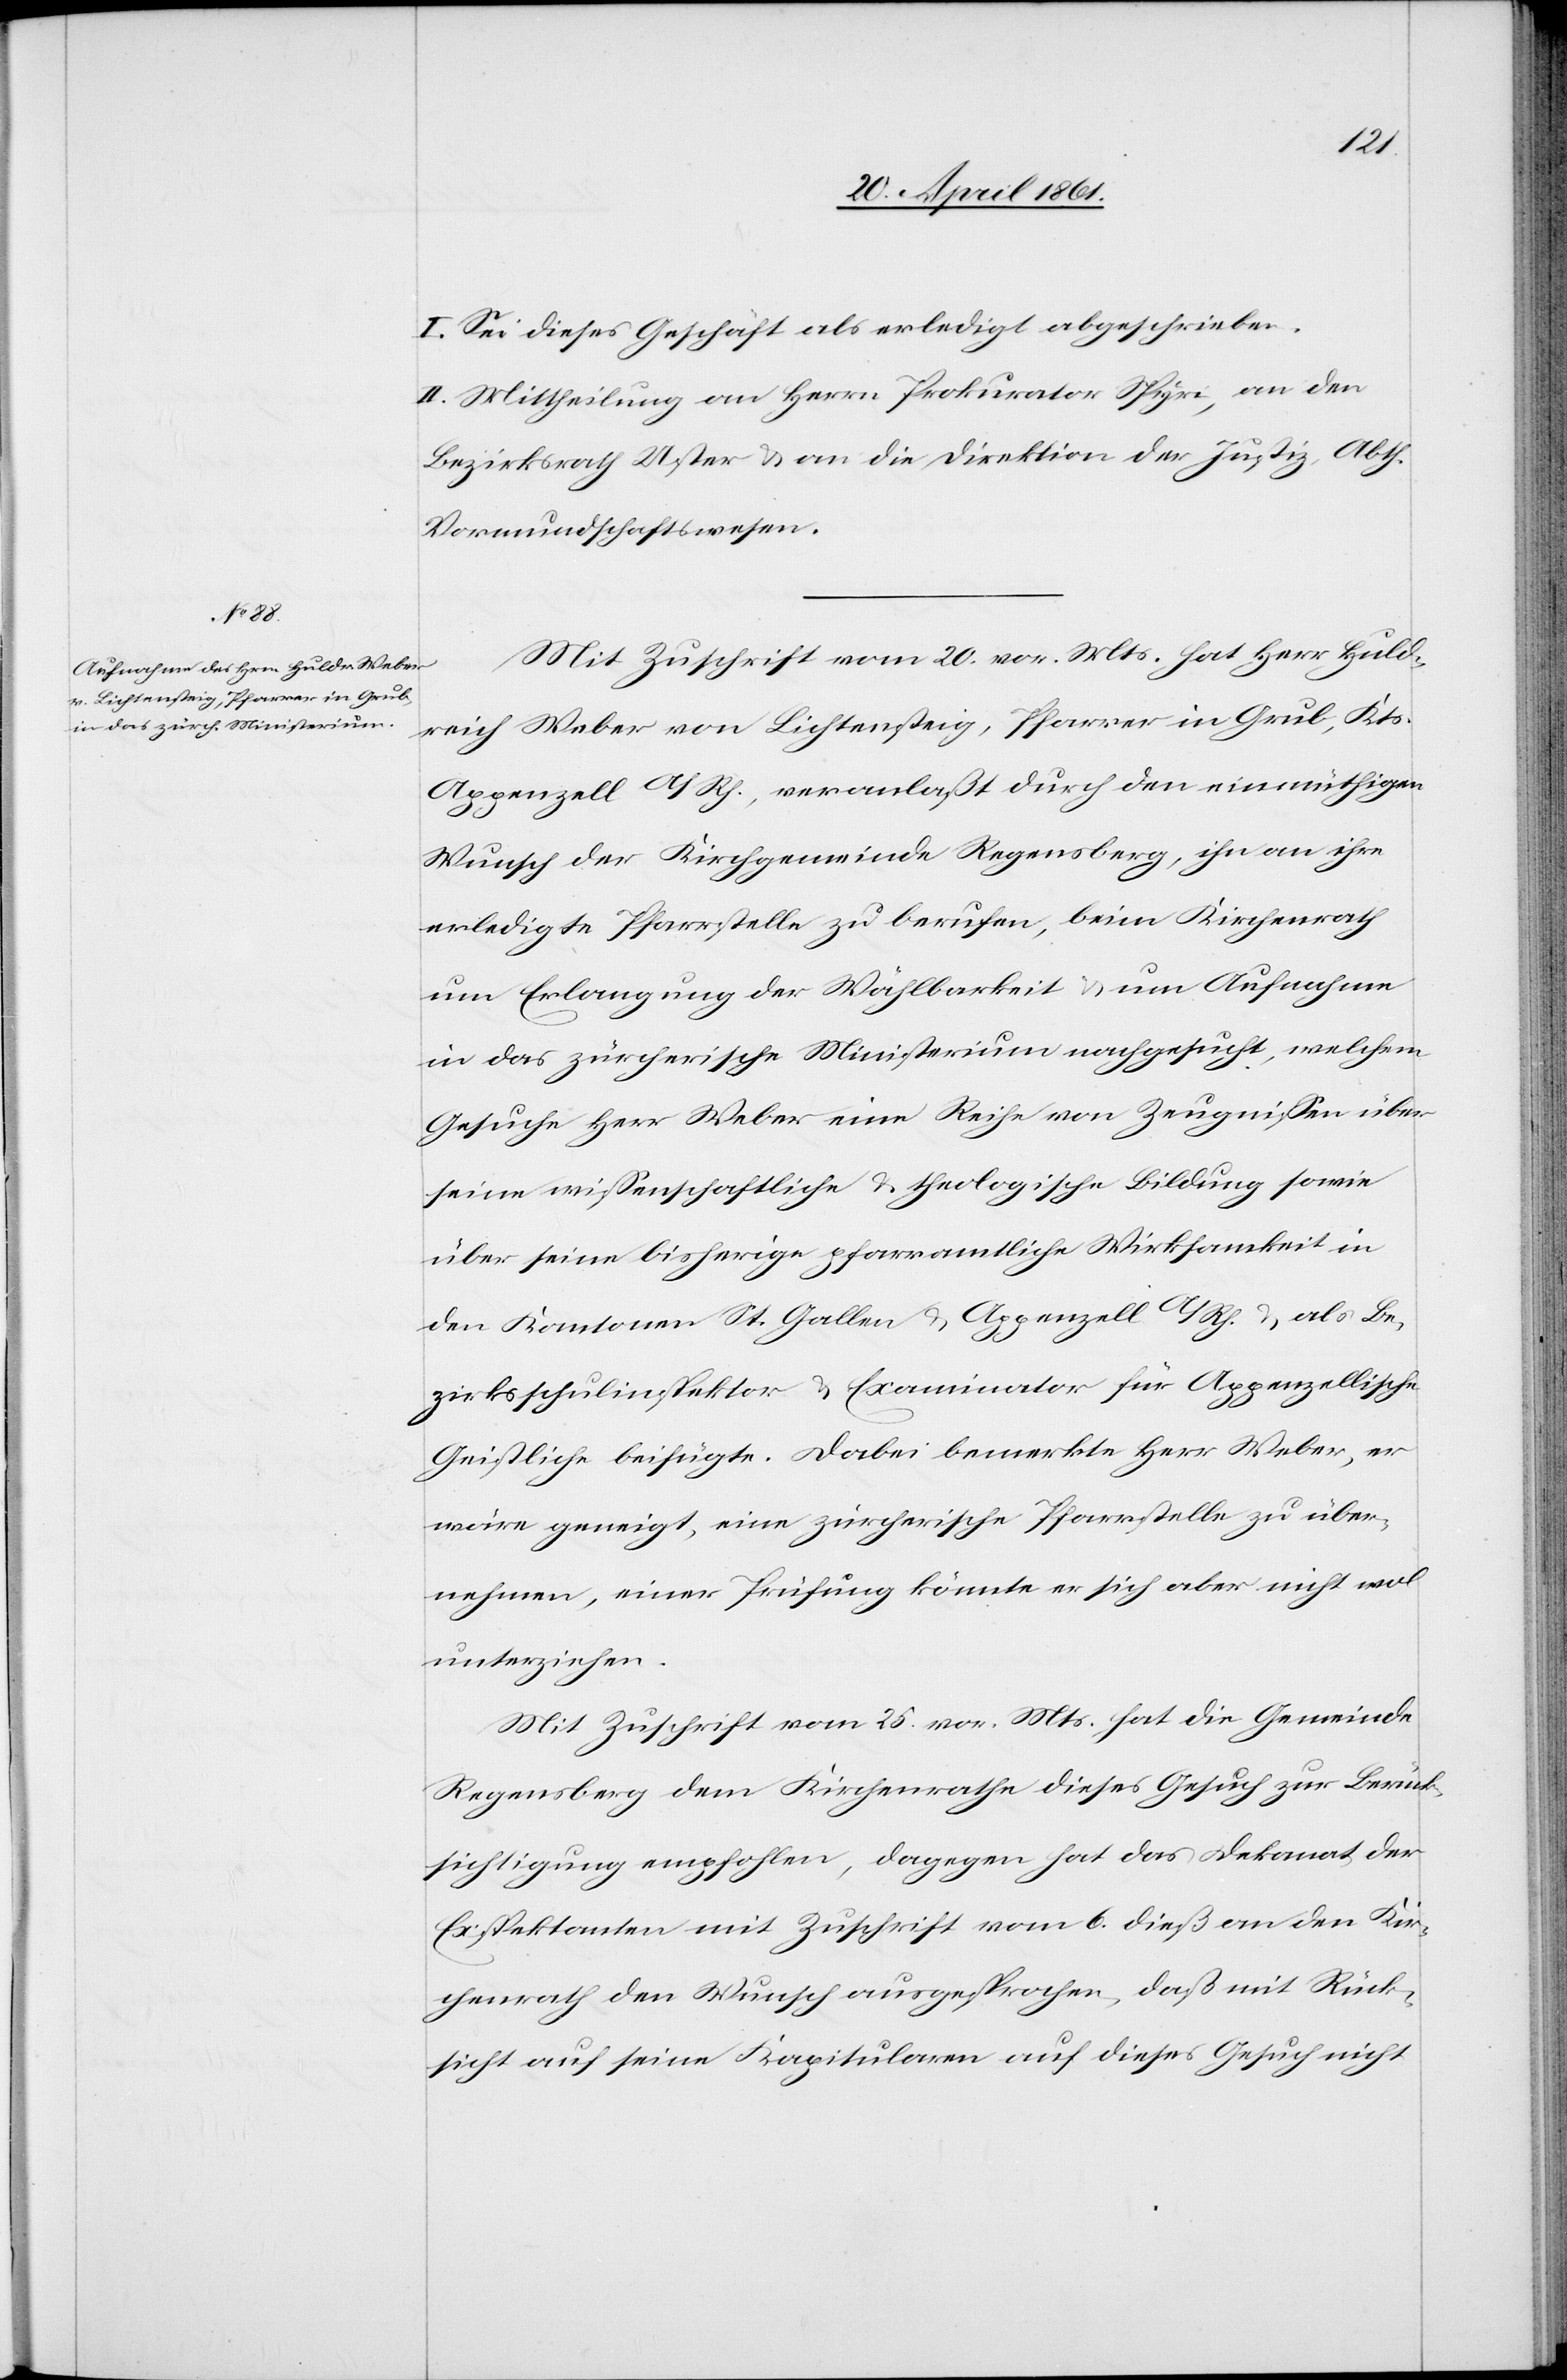
I. Sei dieses Geschäft als erledigt abgeschrieben.
II. Mittheilung an Herrn Prokurator Spyri, an den
Bezirksrath Uster u. an die Direktion der Justiz, Abth.
Vormundschaftswesen.
Mit Zuschrift vom 20. vor. Mts. hat Herr Huld¬
reich Weber von Lichtensteig, Pfarrer in Grub, Kts.
Appenzell A/Rh., veranlaßt durch den einmüthigen
Wunsch der Kirchgemeinde Regensberg, ihn an ihre
erledigte Pfarrstelle zu berufen, beim Kirchenrath
um Erlangung der Wählbarkeit u. um Aufnahme
in das zürcherische Ministerium nachgesucht, welchem
Gesuch Herr Weber eine Reihe von Zeugnissen über
seine wissenschaftliche u. theologische Bildung sowie
über seine bisherige pfarramtliche Wirksamkeit in
den Kantonen St. Gallen u. Appenzell A/Rh. u. als Be¬
zirksschulinspektor u. Examinator für Appenzellische
Geistliche beifügte. Dabei bemerkte Herr Weber, er
wäre geneigt, eine zürcherische Pfarrstelle zu über¬
nehmen, einer Prüfung könnte er sich aber nicht wol
unterziehen.
Mit Zuschrift vom 25. vor. Mts. hat die Gemeinde
Regensberg dem Kirchenrathe dieses Gesuch zur Berück¬
sichtigung empfohlen, dagegen hat das Dekanat der
Exispektanten mit Zuschrift vom 6. dieß an den Kir¬
chenrath den Wunsch ausgesprochen, daß mit Rück¬
sicht auf seine Kapitularen auf dieses Gesuch nicht